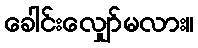
ခေါင်းလျှော်မလား။